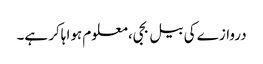
دروازے کی بیل بجی، معلوم ہوا ہاکر ہے۔